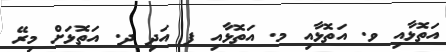
އަތޮޅާއި ވ. އަތޮޅާއި މ. އަތޮޅާއި ފ އަދި ދ. އަތޮޅަށް މިރޭ